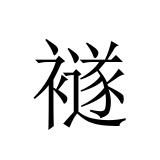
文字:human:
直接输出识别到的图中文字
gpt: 襚